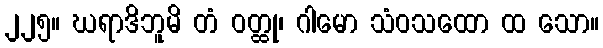
၂၂၅။ ဃရာဒိဘူမိ တံ ဝတ္ထု၊ ဂါမော သံဝသထော ထ သော။